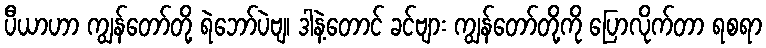
ပီယာဟာ ကျွန်တော်တို့ ရဲဘော်ပဲဗျ၊ ဒါနဲ့တောင် ခင်ဗျား ကျွန်တော်တို့ကို ပြောလိုက်တာ ရစရာ